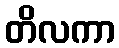
တိလကာ